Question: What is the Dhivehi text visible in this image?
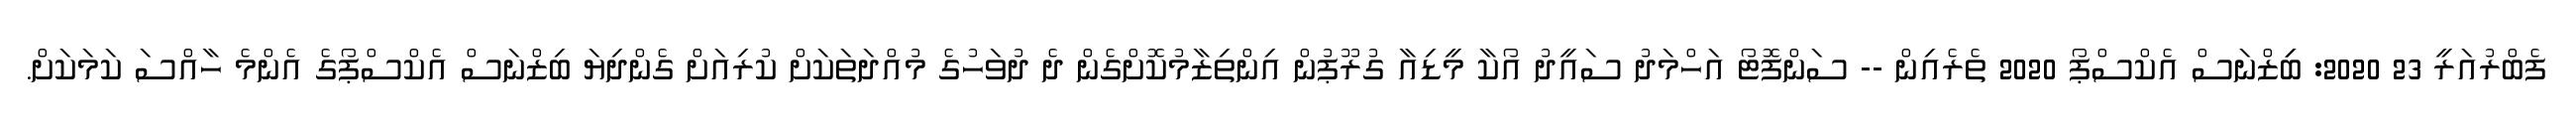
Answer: ފެބްރުއަރީ 23 2020: ބިިޒްނަސް އެކްސްޕޯ 2020 ތެރެއިން -- ސަންފޮޓޯ އަހްމަދު ސައީދު އޯކާ މީޑިއާ ގުރޫޕުން އިންތިޒާމުކޮށްގެން ދެ ދުވަހުގެ މުއްދަތަކަށް ކުރިއަށް ގެންދިޔަ ބިޒްނަސް އެކްސްޕޯގެ އެންމެ ހާއްސަ ކަމަކަށް.